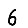
Digit: 6